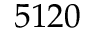
5 1 2 0